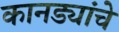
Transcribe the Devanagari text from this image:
कानड्यांचे